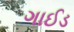
ગાઈડ